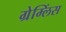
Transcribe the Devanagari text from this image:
ग्रेम्लिंस